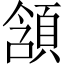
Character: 頷